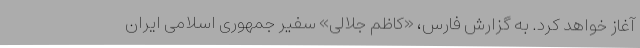
آغاز خواهد کرد. به گزارش فارس، «کاظم جلالی» سفیر جمهوری اسلامی ایران